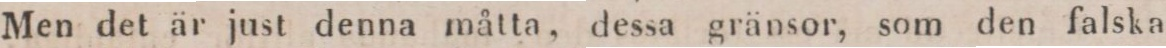
Men det är just denna måtta, dessa gränsor, som den falska